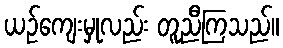
ယဉ်ကျေးမှုလည်း တူညီကြသည်။